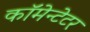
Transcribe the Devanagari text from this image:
कॉमेन्टेटर